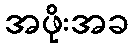
အဖိုးအခ